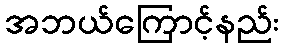
အဘယ်ကြောင့်နည်း